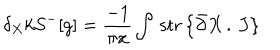
\delta _ { X } k { \cal S } ^ { - } [ g ] = \frac { - 1 } { \pi x } \int \, \mathrm { s t r } \left\{ \bar { \partial } X \, . \, J \right\} \, \,